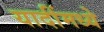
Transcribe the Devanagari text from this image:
यादींमध्ये